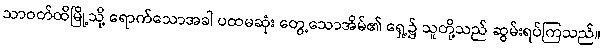
သာဝတ်ထိမြို့သို့ ရောက်သောအခါ ပထမဆုံး တွေ့သောအိမ်၏ ရှေ့၌ သူတို့သည် ဆွမ်းရပ်ကြသည်။